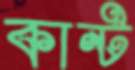
কান্ট